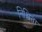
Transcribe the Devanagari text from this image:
निश्चिता